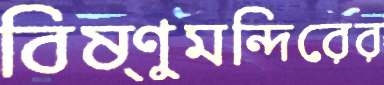
বিষ্ণুমন্দিরের